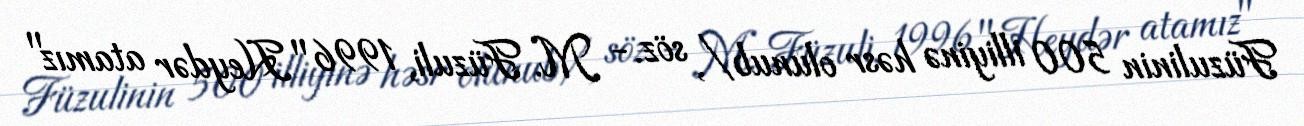
Füzulinin 500 illiyinə həsr olunub/, söz.- M. Füzuli, 1996 "Heydər atamız"